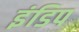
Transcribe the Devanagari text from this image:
इंडिप